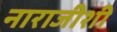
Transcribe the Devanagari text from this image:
नाराजीशी